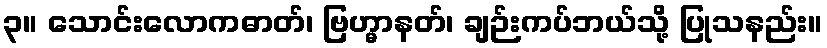
၃။ သောင်းလောကဓာတ်၊ ဗြဟ္မာနတ်၊ ချဉ်းကပ်ဘယ်သို့ ပြုသနည်း။